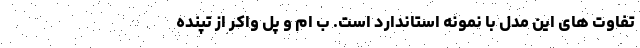
تفاوت های این مدل با نمونه استاندارد است. ب ام و پل واکر از تپنده